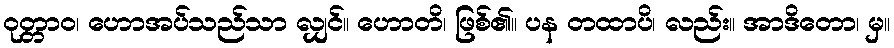
ဝုတ္တာဝ၊ ဟောအပ်သည်သာ လျှင်။ ဟောတိ၊ ဖြစ်၏။ ပန တထာပိ၊ လည်း။ အာဒိတော၊ မှ။